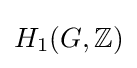
H_{1}(G,\mathbb {Z} )